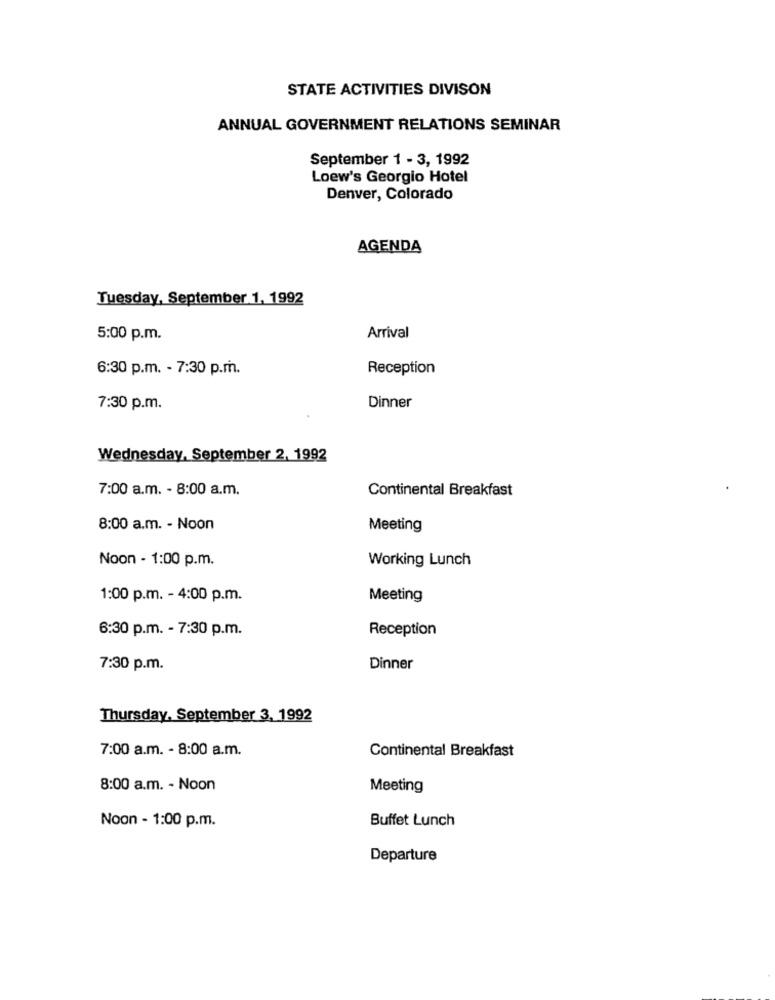
STATE ACTIVITIES DIVISON
ANNUAL GOVERNMENT RELATIONS SEMINAR
September 1 - 3, 1992
Loew's Georgio Hotel
Denver, Colorado
AGENDA
Tuesday, September 1, 1992
5:00 p.m.
Arrival
6:30 p.m. - 7:30 p.m.
Reception
7:30 p.m.
Dinner
Wednesday, September 2, 1992
7:00 a.m. - 8:00 a.m.
Continental Breakfast
8:00 a.m. - Noon
Meeting
Noon - 1:00 p.m.
Working Lunch
1:00 p.m. - 4:00 p.m.
Meeting
6:30 p.m. - 7:30 p.m.
Reception
7:30 p.m.
Dinner
Thursday, September 3, 1992
7:00 a.m. - 8:00 a.m.
Continental Breakfast
8:00 a.m. - Noon
Meeting
Noon - 1:00 p.m.
Buffet Lunch
Departure